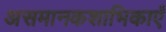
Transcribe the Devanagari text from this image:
असमानकशाभिकाएँ